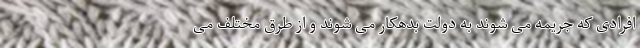
افرادی که جریمه می شوند به دولت بدهکار می شوند و از طرق مختلف می